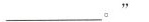
___。”